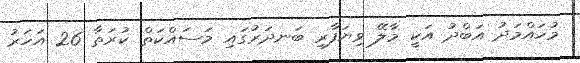
މުހައްމަދު އަބްދު އަކީ މާލޭ ވިޔަފާރި ބަނދަރުގައި މަސައްކަތް ކުރަތާ 26 އަހަރު